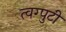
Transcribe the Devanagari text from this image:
त्वग्पुटी